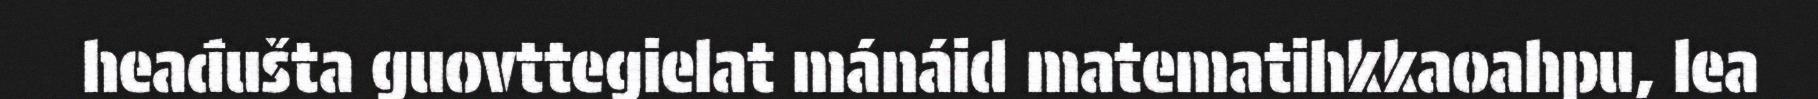
heađušta guovttegielat mánáid matematihkkaoahpu, lea